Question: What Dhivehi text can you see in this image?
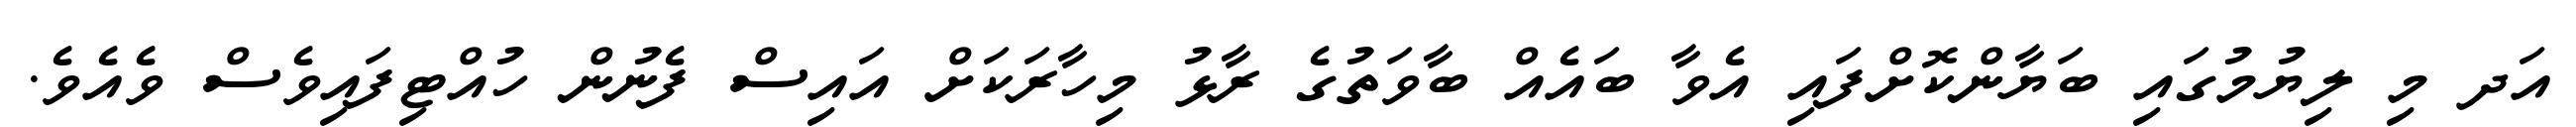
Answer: އަދ މި ލިޔުމުގައި ބަޔާންކޮށްފައި އެވާ ބައެއް ބާވަތުގެ ރާޅު މިހާރަކަށް އައިސް ފެނުން ހުއްޓިފައިވެސް ވެއެވެ.